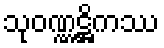
သုဝဏ္ဏဋ္ဌိကဿ